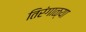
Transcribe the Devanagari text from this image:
तिरंगाळ्या